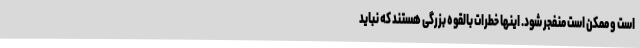
است و ممکن است منفجر شود. اینها خطرات بالقوه بزرگی هستند که نباید